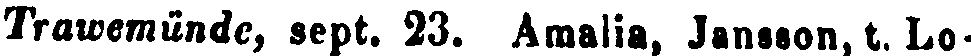
Trawemünde, sept. 23. Amalia, Jansson, t. Lo-